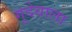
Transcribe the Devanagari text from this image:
गूदेवाला